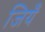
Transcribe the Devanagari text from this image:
जियँ